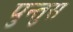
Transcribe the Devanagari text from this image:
पुन्तुस